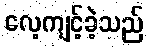
လေ့ကျင့်ခဲ့သည်